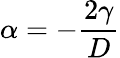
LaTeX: \alpha=-\frac{2\gamma}{D}